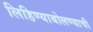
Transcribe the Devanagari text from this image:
लिहिण्याबोलण्याची